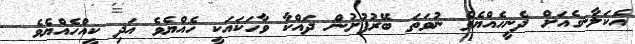
އެކަލާނގެއަށް ދެނީހެއްޔެވެ ނުވަތަ ބޭރުފުށުން ދައްކާ ވާހަކައަކީ ހެއްޔެވެ އަދި ކީއްހެއްޔެވެ